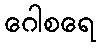
ဂေါစရေ